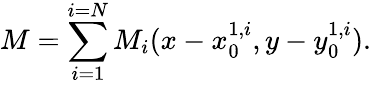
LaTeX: M=\sum_{i=1}^{i=N}M_{i}(x-x_{0}^{1,i},y-y_{0}^{1,i}).